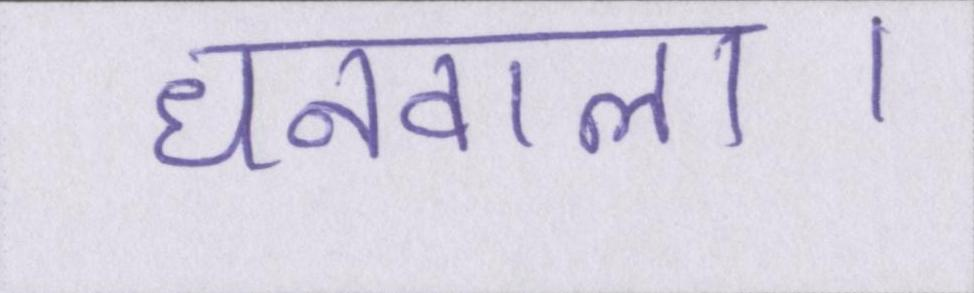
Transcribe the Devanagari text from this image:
धनवाला।